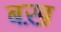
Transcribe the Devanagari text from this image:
बख़